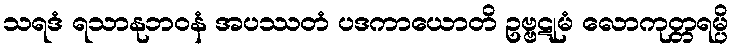
သရဒံ ရသာနုဘဝနံ အပဿတံ ပဒကာယောတိ ဥဗ္ဗဋုမံ လောကုတ္တရမ္ပိ